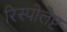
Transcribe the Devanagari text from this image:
रिस्पोलेप्ट